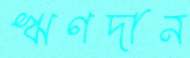
ঋণদান